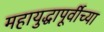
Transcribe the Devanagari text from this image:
महायुद्धापूर्वीच्या